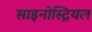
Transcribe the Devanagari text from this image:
साइनोस्ट्रियल